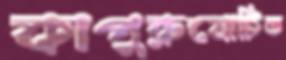
কাপুরুষোচিত